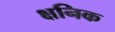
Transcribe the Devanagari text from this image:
क्षनिक